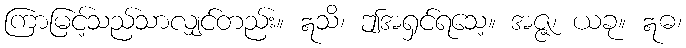
ကြာမြင့်သည်သာလျှင်တည်း။ ဣသိ၊ ဤအရှင်ရသေ့။ အဇ္ဇ၊ ယခု။ ဣဓ၊